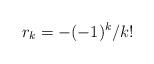
LaTeX: \begin{align*}r_k=-{(-1)^k}/{k!}\end{align*}